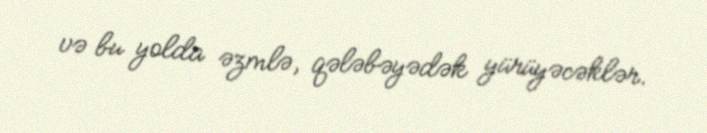
və bu yolda əzmlə, qələbəyədək yürüyəcəklər.